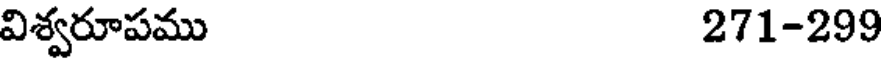
విశ్వరూపము 271-299